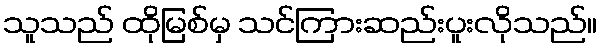
သူသည် ထိုမြစ်မှ သင်ကြားဆည်းပူးလိုသည်။